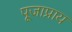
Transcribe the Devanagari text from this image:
पूजाप्राय